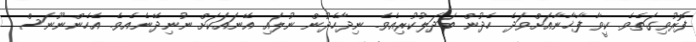
ފޮރުވިގަތެވެ. ކީވާ ފާޚާނާއަށްވަދެ ހެދުން ބަދަލުކުރިއެވެ. ނިދާހެދުން ނުލައި އޭނައަކަށް ނުނިދޭނެއެވެ. އެހެންނޫނަސް